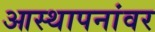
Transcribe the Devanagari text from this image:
आस्‍थापनांवर